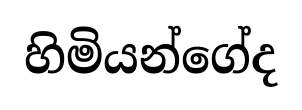
හිමියන්ගේද